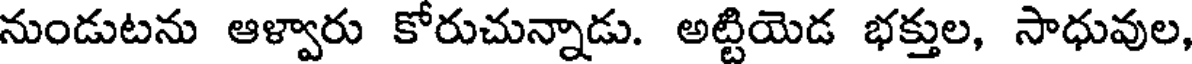
నుండుటను ఆళ్వారు కోరుచున్నాడు. అట్టియెడ భక్తుల, సాధువుల,